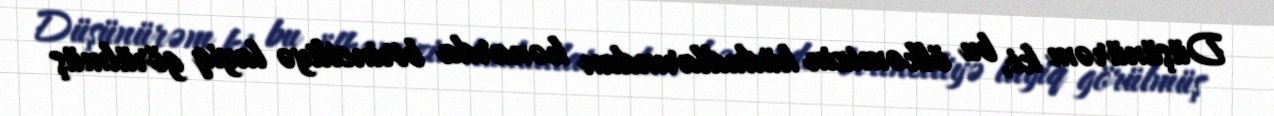
Düşünürəm ki, bu ölkəmizin hüdudlarından kənarda birinciliyə layiq görülmüş